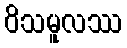
ဝိသမူလဿ